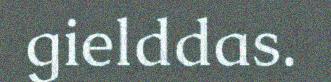
gielddas.